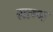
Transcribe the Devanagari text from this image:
सत्म्भ